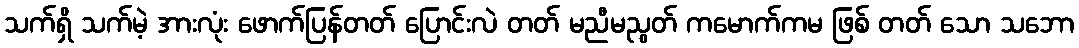
သက်ရှိ သက်မဲ့ အားလုံး ဖောက်ပြန်တတ် ပြောင်းလဲ တတ် မညီမညွတ် ကမောက်ကမ ဖြစ် တတ် သော သဘော